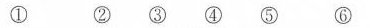
① ② ③ ④ ⑤ ⑥